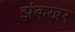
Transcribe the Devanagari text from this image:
झंकखर